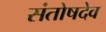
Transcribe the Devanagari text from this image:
संतोषदेव